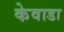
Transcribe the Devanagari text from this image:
केवाडा